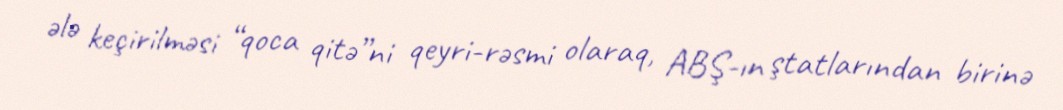
ələ keçirilməsi “qoca qitə”ni qeyri-rəsmi olaraq, ABŞ-ın ştatlarından birinə